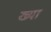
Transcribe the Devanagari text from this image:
ख्या